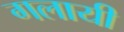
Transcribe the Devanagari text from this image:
गलायी